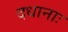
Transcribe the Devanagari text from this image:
दधानाः